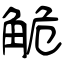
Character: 觤